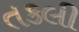
તકલી